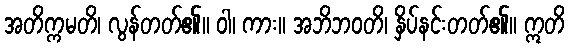
အတိက္ကမတိ၊ လွန်တတ်၏။ ဝါ၊ ကား။ အဘိဘဝတိ၊ နှိပ်နင်းတတ်၏။ ဣတိ